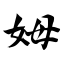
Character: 姆